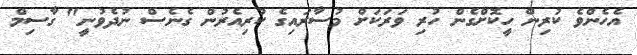
އެހެންވެ ކުރިން ހީކޮށްގެން ހުރި ވަރަކަށް މުސާރައިގެ ކުރިއެރުން ގެނެސް ނުދެވުނީ" ގާސިމް